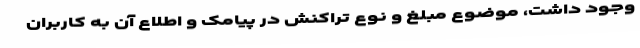
وجود داشت، موضوع مبلغ و نوع تراکنش در پیامک و اطلاع آن به کاربران